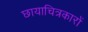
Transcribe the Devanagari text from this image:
छायाचित्रकारों